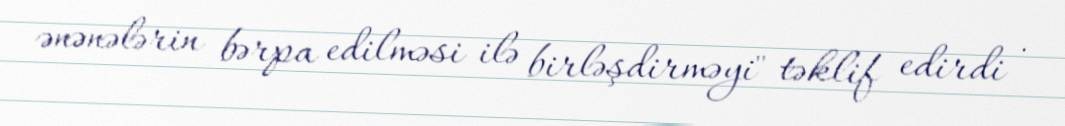
ənənələrin bərpa edilməsi ilə birləşdirməyi" təklif edirdi .